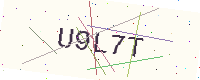
Text: U9L7T